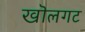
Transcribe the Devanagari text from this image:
खॊलगट